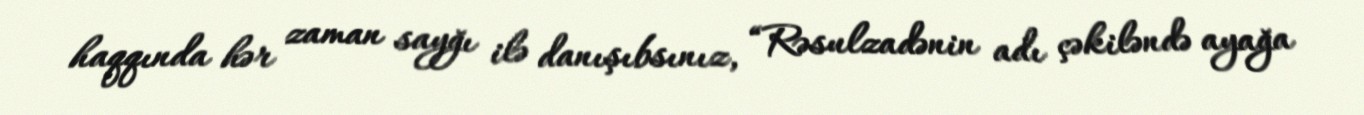
haqqında hər zaman sayğı ilə danışıbsınız, “Rəsulzadənin adı çəkiləndə ayağa